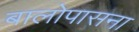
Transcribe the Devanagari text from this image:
बालोपासना